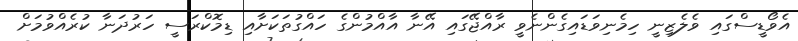
އެވޯޑީސްގައި ވެލެޒިނީ ހިމެނިވަޑައިގެންނެވީ ރާއްޖޭގައި އޭނާ އާއްމުންގެ ހައްގުތަކަށާއި ޑިމޮކްރަސީ ހަރުދަނާ ކުރެއްވުމަށް